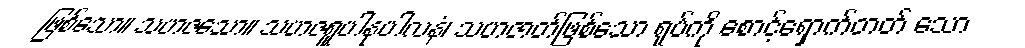
ဖြစ်သော။ သဟဇသော။ သဟဇရူပါနုပါလနံ၊ သဟဇာတ်ဖြစ်သော ရုပ်ကို စောင့်ရှောက်တတ် သော